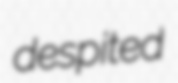
despited